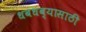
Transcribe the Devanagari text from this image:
धबधब्यासाठी